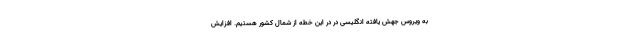
به ویروس جهش یافته انگلیسی در در این خطه از شمال کشور هستیم. افزایش